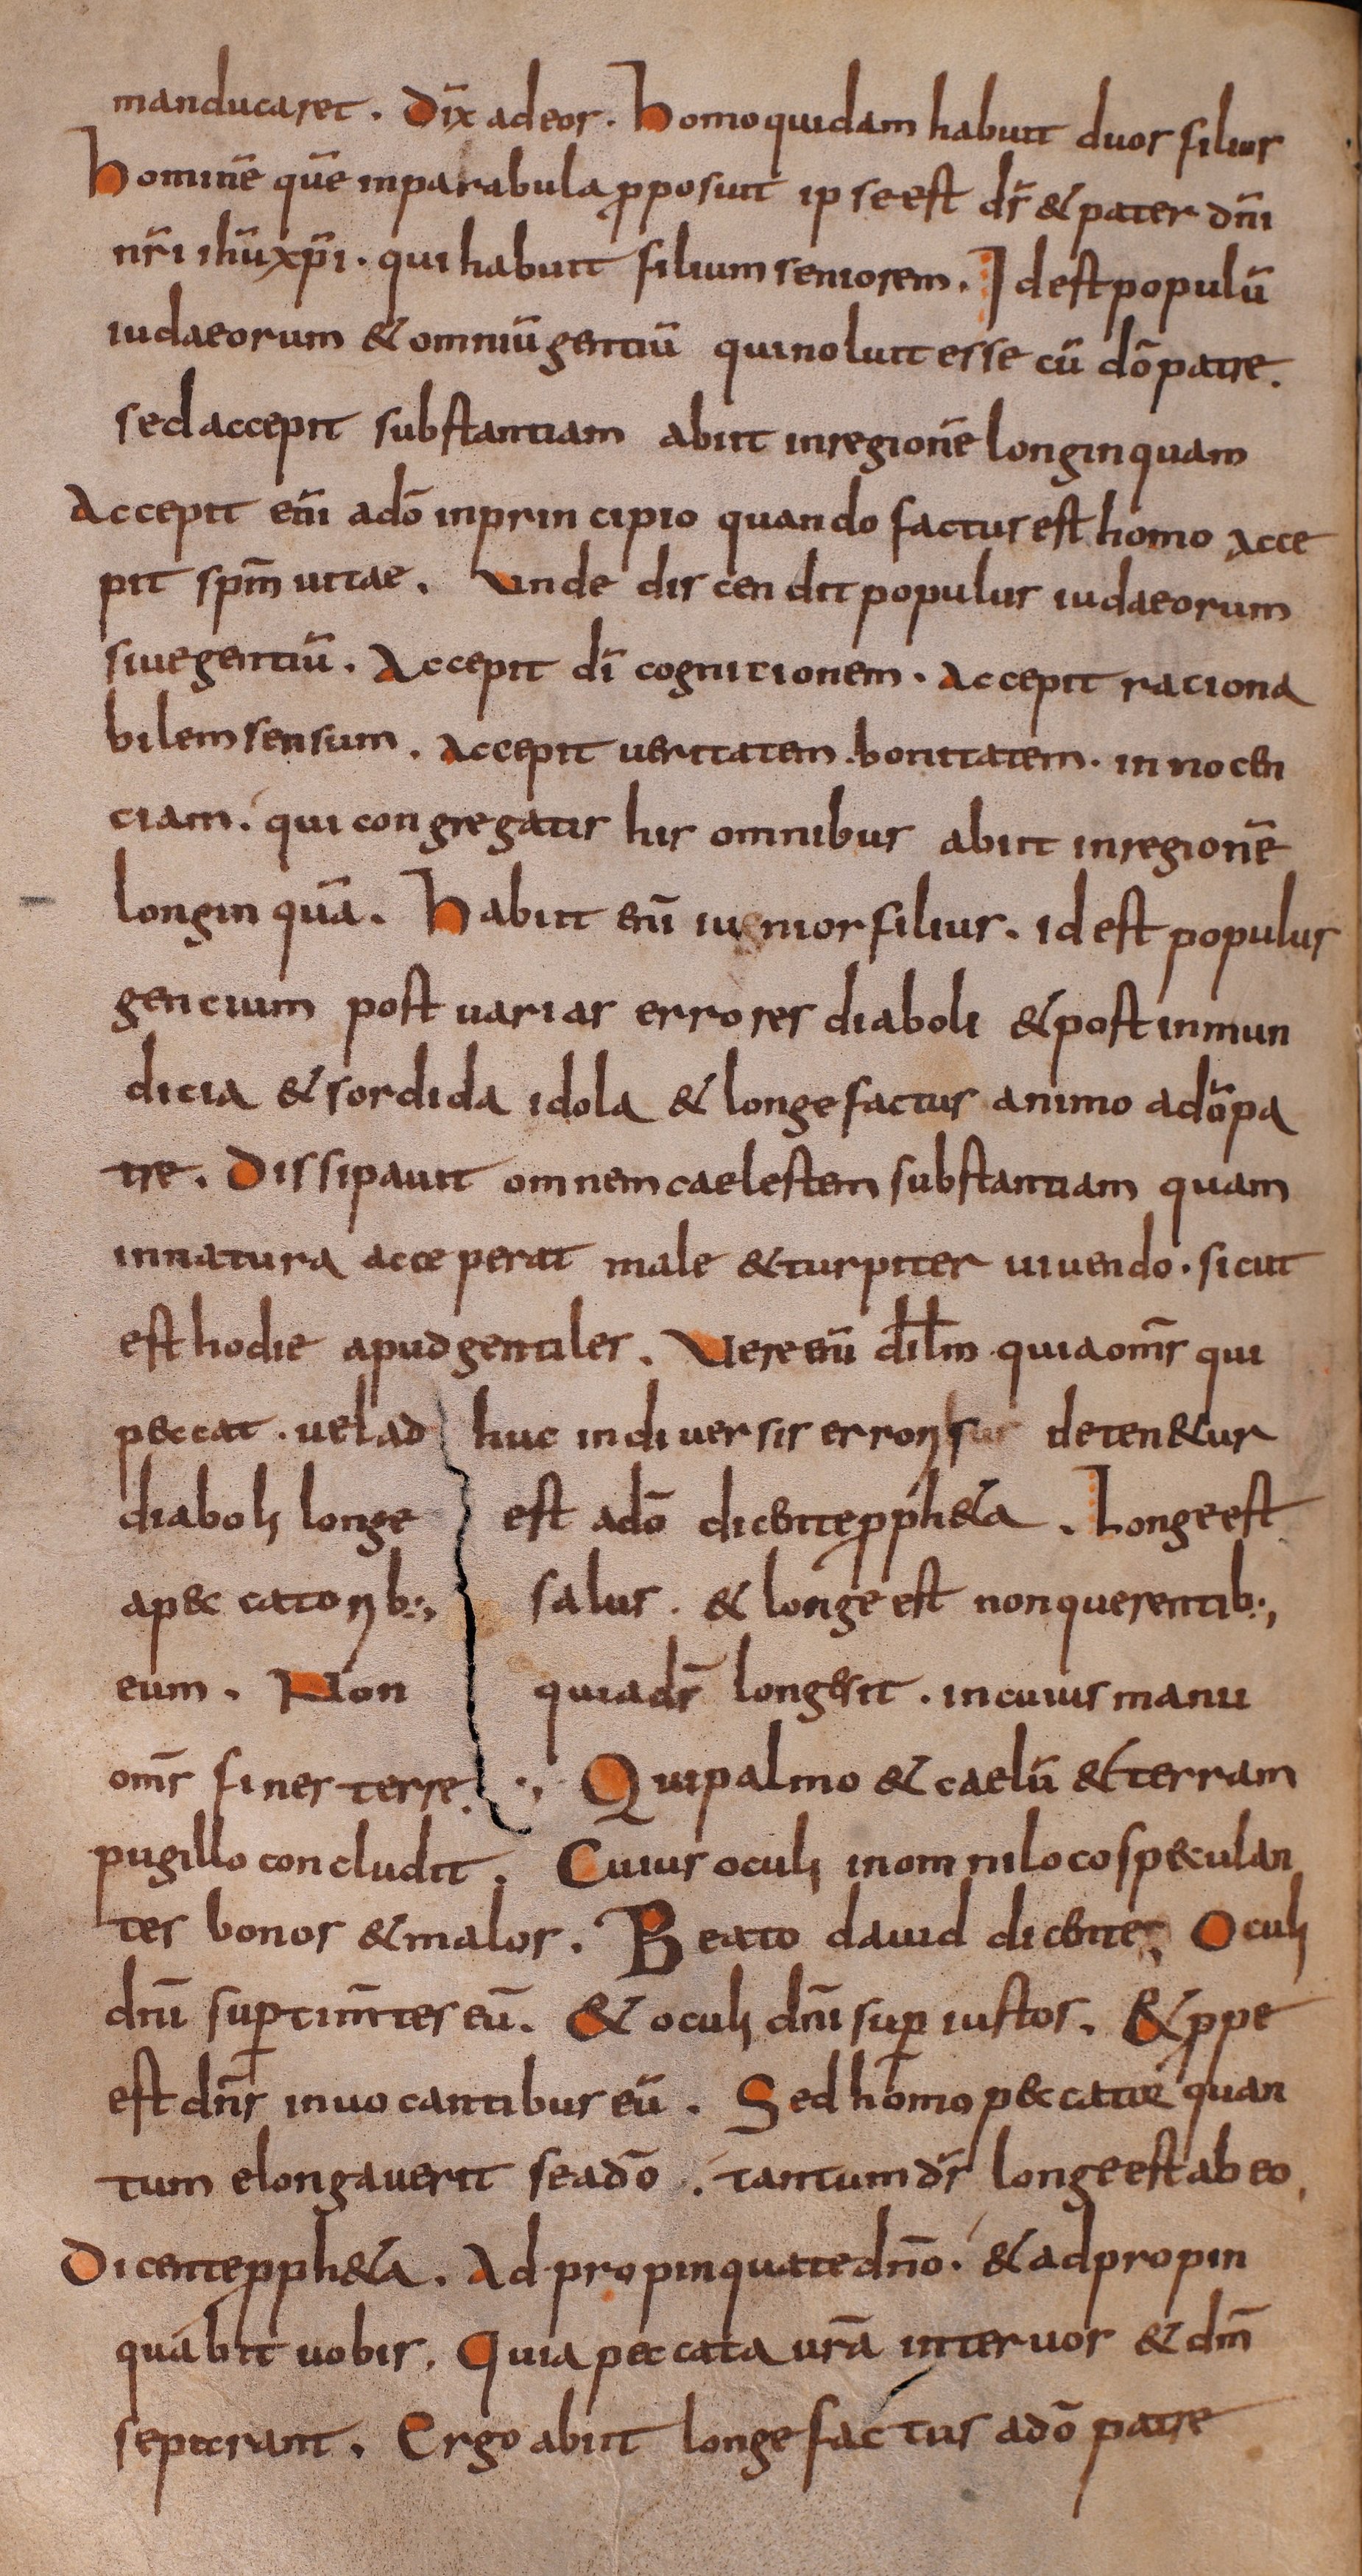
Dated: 800–849